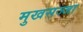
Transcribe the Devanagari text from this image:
मुखसज्जा